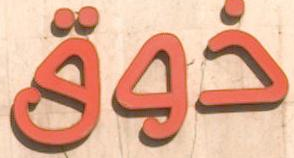
ذوق